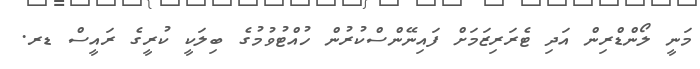
މަނީ ލޯންޑްރިން އަދި ޓެރަރިޒަމަށް ފައިނޭންސްކުރުން ހުއްޓުވުމުގެ ބިލަކީ ކުރީގެ ރައީސް ޑރ.